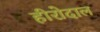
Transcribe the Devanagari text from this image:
हीरोदाल